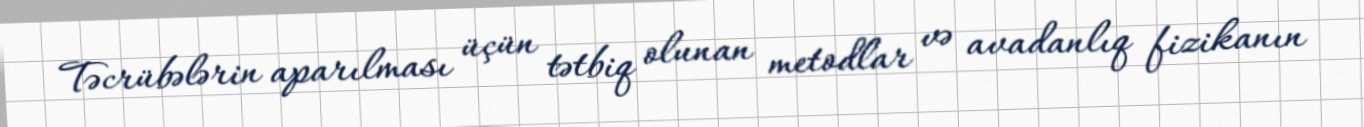
Təcrübələrin aparılması üçün tətbiq olunan metodlar və avadanlıq fizikanın